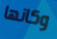
وكانها